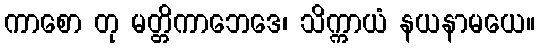
ကာစော တု မတ္တိကာဘေဒေ၊ သိက္ကာယံ နယနာမယေ။